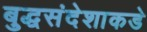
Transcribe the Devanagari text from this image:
बुद्धसंदेशाकडे